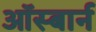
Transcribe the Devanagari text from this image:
ऑस्बार्न